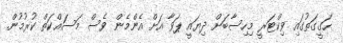
ހަގީގަތުގައި ވިކްޓަރީ މިހިސާބަށް ދިޔައީ ޕަވާ އަށް އެންމެން ވެސް މަސައްކަތް ކުރުމުން.